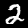
Label: 2